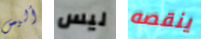
أليس ليس ينقصه